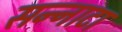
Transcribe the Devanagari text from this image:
सन्‍नाटा